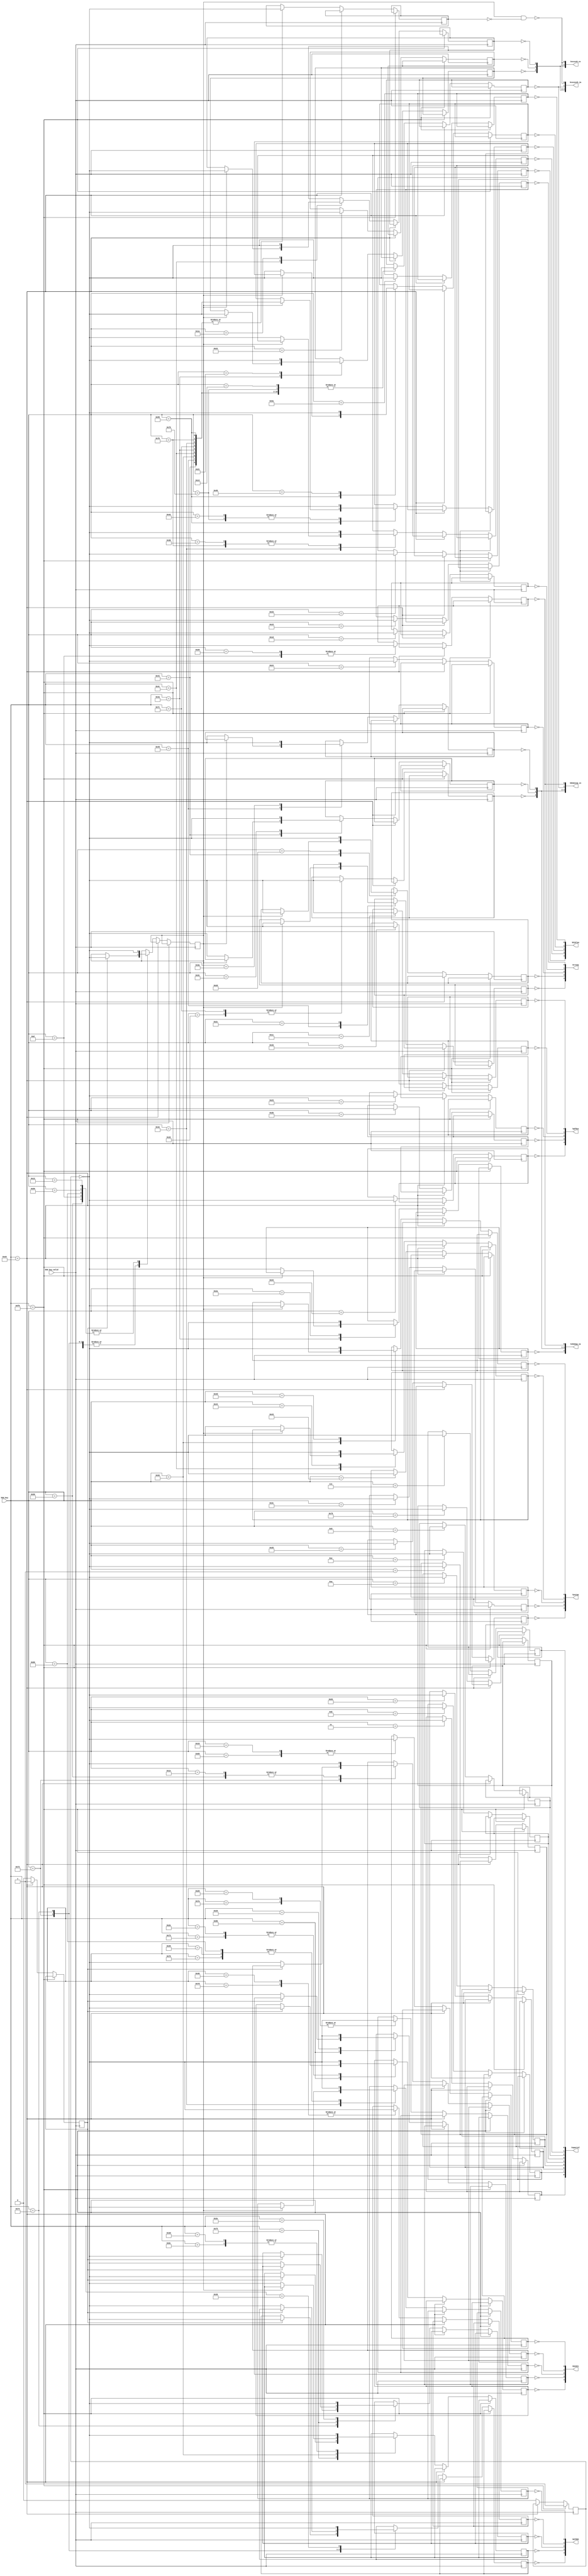
/* This file is part of fpga-spec by ZXMicroJack - see LICENSE.txt for moreinfo */
module zxkeyboard(
  input [7:0] kbd_key,
  input kbd_key_valid,
  output [4:0] kvcxzsh_zx,
  output [4:0] kgfdsa,
  output [4:0] ktrewq,
  output [4:0] k54321,
  output [4:0] k67890,
  output [4:0] kyuiop,
  output [4:0] khjklen,
  output [4:0] kbnmsssp_zx,
  output [8:0] kspecial,
  output [4:0] kcxzsssh_ja,
  output [4:0] kvbnmsp_ja
  );

  ///////////////////   KEYBOARD   ///////////////////
  reg kq, kw, ke, kr, kt;

  reg ka, ks, kd, kf, kg;
  reg k1, k2, k3, k4, k5;
  reg kz, kx, kc, kv;
  wire ksh;

  reg k0, k9, k8, k7, k6;
  reg kp, ko, ki, ku, ky;
  reg ken, kl, kk, kj, kh;
  reg ksp, kss, km, kn, kb;

  reg kf12, kfpipe, kf11, kf10, kf9, kf8, kf7, kf6, kf5;
  reg released = 1'b0;
  reg extended = 1'b0;
  reg special = 1'b0;
  reg shifted = 1'b0;

  // IN:    Reads keys (bit 0 to bit 4 inclusive)
  //
  //      0xfdfe  A, S, D, F, G                0xdffe  P, O, I, U, Y
  //      0xfefe  SHIFT, Z, X, C, V            0xeffe  0, 9, 8, 7, 6
  //      0xfbfe  Q, W, E, R, T                0xbffe  ENTER, L, K, J, H
  //      0xf7fe  1, 2, 3, 4, 5                0x7ffe  SPACE, SYM SHFT, M, N, B

  assign kvcxzsh_zx = {!kv, !kc, !kx, !kz, !ksh};
  assign kgfdsa = {!kg, !kf, !kd, !ks, !ka};
  assign ktrewq = {!kt, !kr, !ke, !kw, !kq};
  assign k54321 = {!k5, !k4, !k3, !k2, !k1};
  assign k67890 = {!k6, !k7, !k8, !k9, !k0};
  assign kyuiop = {!ky, !ku, !ki, !ko, !kp};
  assign khjklen = {!kh, !kj, !kk, !kl, !ken};
  assign kbnmsssp_zx = {!kb, !kn, !km, !kss, !ksp};
  assign kspecial = {kf5, kf6, kf7, kf8, kf9, kfpipe, kf10, kf11, kf12};
  assign kcxzsssh_ja = {!kc, !kx, !kz, !kss, !ksh};
  assign kvbnmsp_ja = {!kv, !kb, !kn, !km, !ksp};
  assign ksh = shifted && !special;

  always @ (posedge kbd_key_valid) begin
    if (kbd_key[7:0] == 8'hf0)
      released <= 1'b1;
		else if (kbd_key[7:0] == 8'he0)
			extended <= 1'b1;
    else begin
      case (kbd_key[7:0])
				8'h66: {k0, shifted} <= {!released, !released}; // bs
				8'h58: {k2, shifted} <= {!released, !released}; // caps

				8'h70: k0 <= !released; // 0
				8'h69: k1 <= !released; // 1
				8'h72: if (extended) {k6, shifted} <= {!released, !released}; else k2 <= !released; // 2
				8'h7a: k3 <= !released; // 3
				8'h6b: if (extended) {k5, shifted} <= {!released, !released}; else k4 <= !released; // 4
				8'h73: k5 <= !released; // 5
				8'h74: if (extended) {k8, shifted} <= {!released, !released}; else k6 <= !released; // 6
				8'h6c: k7 <= !released; // 7
				8'h75: if (extended) {k7, shifted} <= {!released, !released}; else k8 <= !released; // 8
				8'h7d: k9 <= !released; // 9

				
				8'h41:	if (shifted) {kr, kss, special} <= {!released, !released, !released}; // <
								else {kn, kss, special} <= {!released, !released, !released}; // comma
				8'h49: 	if (shifted) {kt, kss, special} <= {!released, !released, !released}; // >
								else {km, kss, special} <= {!released, !released, !released}; // fullstop
				8'h52: 	if (shifted) {kp, kss, special} <= {!released, !released, !released}; // '
								else {k7, kss, special} <= {!released, !released, !released}; // @
				8'h4c: 	if (shifted) {kz, kss, special} <= {!released, !released, !released}; // :
								else {ko, kss, special} <= {!released, !released, !released}; // ;
				8'h4a: 	if (shifted) {kc, kss, special} <= {!released, !released, !released}; // ?
								else {kv, kss, special} <= {!released, !released, !released}; // /
				8'h7c: {kb, kss, special} <= {!released, !released, !released}; // *
				8'h4e: 	if (shifted) {k0, kss, special} <= {!released, !released, !released}; // _
								else {kj, kss, special} <= {!released, !released, !released}; // -
				8'h7b: {kj, kss, special} <= {!released, !released, !released}; // -
				8'h55: 	if (shifted) {kk, kss, special} <= {!released, !released, !released}; // +
								else {kl, kss, special} <= {!released, !released, !released}; // =
				8'h79: {kk, kss} <= {!released, !released}; // +
				8'h0d: {shifted, ksp} <= {!released, !released}; // tab -> break

				8'h15: kq <= !released;
        8'h1d: kw <= !released;
        8'h24: ke <= !released;
        8'h2d: kr <= !released;
        8'h2c: kt <= !released;

        8'h1c: ka <= !released;
        8'h1b: ks <= !released;
        8'h23: kd <= !released;
        8'h2b: kf <= !released;
        8'h34: kg <= !released;

        8'h16: k1 <= !released;
        8'h1e: k2 <= !released;
        8'h26: k3 <= !released;
        8'h25: k4 <= !released;
        8'h2e: k5 <= !released;

        8'h59: shifted <= !released;
        8'h12: shifted <= !released;
        8'h1a: kz <= !released;
        8'h22: kx <= !released;
        8'h21: kc <= !released;
        8'h2a: kv <= !released;

        8'h45: k0 <= !released;
        8'h46: k9 <= !released;
        8'h3e: k8 <= !released;
        8'h3d: k7 <= !released;
        8'h36: k6 <= !released;

        8'h4d: kp <= !released;
        8'h44: ko <= !released;
        8'h43: ki <= !released;
        8'h3c: ku <= !released;
        8'h35: ky <= !released;

        8'h5a: ken <= !released;
        8'h4b: kl <= !released;
        8'h42: kk <= !released;
        8'h3b: kj <= !released;
        8'h33: kh <= !released;

        8'h29: ksp <= !released;
        8'h14: kss <= !released;
        8'h3a: km <= !released;
        8'h31: kn <= !released;
        8'h32: kb <= !released;

        8'h07: kf12 <= !released;
        8'h0e: kfpipe <= !released;
        8'h78: kf11 <= !released;
        8'h09: kf10 <= !released;
        8'h01: kf9 <= !released;
        8'h0a: kf8 <= !released;
        8'h83: kf7 <= !released;
        8'h0b: kf6 <= !released;
        8'h03: kf5 <= !released;
      endcase
      released <= 1'b0;
      extended <= 1'b0;
    end
  end


endmodule